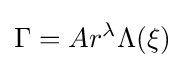
\Gamma =Ar^{\lambda }\Lambda (\xi )